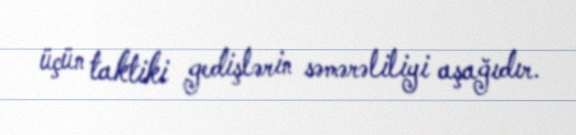
üçün taktiki gedişlərin səmərəliliyi aşağıdır.